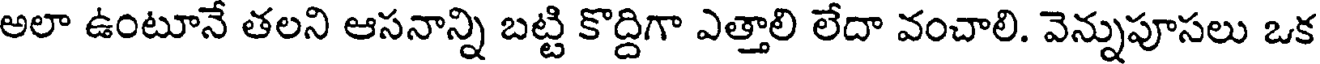
అలా ఉంటూనే తలని ఆసనాన్ని బట్టి కొద్దిగా ఎత్తాలి లేదా వంచాలి. వెన్నుపూసలు ఒక